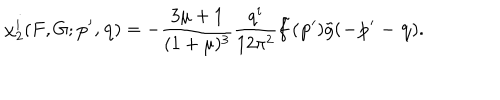
\chi _ { 2 } ^ { i } ( F , G ; { \bf p ^ { \prime } , q } ) = - \frac { 3 \mu + 1 } { ( 1 + \mu ) ^ { 3 } } \frac { q ^ { i } } { 1 2 \pi ^ { 2 } } \tilde { f } { \bf ( p ^ { \prime } } ) \tilde { g } ( { \bf - p ^ { \prime } - q } ) .